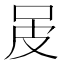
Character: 𤿌